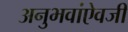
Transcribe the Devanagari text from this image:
अनुभवांऐवजी